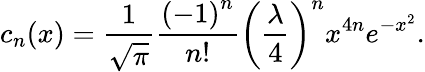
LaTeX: c_{n}(x)={\frac{1}{\sqrt{\pi}}}{\frac{\left(-1\right)^{n}}{n!}}\left({\frac{\lambda}{4}}\right)^{n}x^{4n}e^{-x^{2}}.